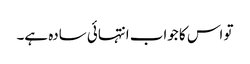
تو اس کا جواب انتہائی سادہ ہے۔